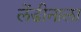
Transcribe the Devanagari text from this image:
लेंडीनाला